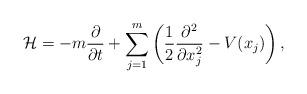
LaTeX: \begin{align*}\mathcal H= -m \frac{\partial}{\partial t}+\sum_{j=1}^m \left(\frac 12\frac{\partial^2}{\partial x_j^2}-V(x_j)\right),\end{align*}